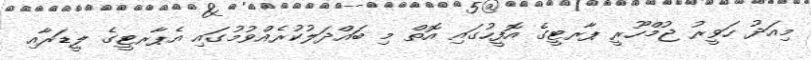
މިއަދު ހަވީރު ޖުމްހޫރީ ޕާރޓީގެ އޮފީހުގައި އޮތް މި ބައްދަލުކުރެއްވުމުގައި އެޕާރޓީގެ ލީޑަރާއި